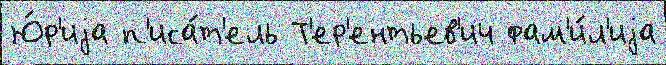
Ю́р'иjа п'иса́т'ель Т'ер'ентьев'ич фам'и́л'иjа